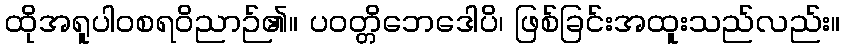
ထိုအရူပါဝစရဝိညာဉ်၏။ ပဝတ္တိဘေဒေါပိ၊ ဖြစ်ခြင်းအထူးသည်လည်း။